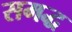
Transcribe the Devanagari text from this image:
समद्ध